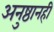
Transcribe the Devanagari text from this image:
अनुष्ठानही